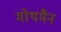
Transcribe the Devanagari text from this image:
मोथमैन